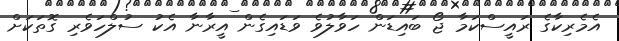
އެމެރިކާގެ ރައީސްކަމާ ޖޯ ބައިޑަން ހަވާލުވެ ވަޑައިގެން އީރާނާ އެކު ސުލްހަވެރި ގޮތަކަށް